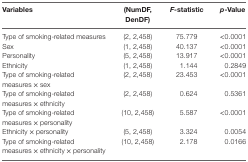
<table><thead><tr><td><b>Variables</b></td><td><b>(NumDF, DenDF)</b></td><td><b><i>F</i>-statistic</b></td><td><b><i>p</i>-Value</b></td></tr></thead><tbody><tr><td>Type of smoking-related measures</td><td>(2, 2,458)</td><td>75.779</td><td>&lt;0.0001</td></tr><tr><td>Sex</td><td>(1, 2,458)</td><td>40.137</td><td>&lt;0.0001</td></tr><tr><td>Personality</td><td>(5, 2,458)</td><td>13.917</td><td>&lt;0.0001</td></tr><tr><td>Ethnicity</td><td>(1, 2,458)</td><td>1.144</td><td>0.2849</td></tr><tr><td>Type of smoking-related measures × sex</td><td>(2, 2,458)</td><td>23.453</td><td>&lt;0.0001</td></tr><tr><td>Type of smoking-related measures × ethnicity</td><td>(2, 2,458)</td><td>0.624</td><td>0.5361</td></tr><tr><td>Type of smoking-related measures × personality</td><td>(10, 2,458)</td><td>5.587</td><td>&lt;0.0001</td></tr><tr><td>Ethnicity × personality</td><td>(5, 2,458)</td><td>3.324</td><td>0.0054</td></tr><tr><td>Type of smoking-related measures × ethnicity × personality</td><td>(10, 2,458)</td><td>2.178</td><td>0.0166</td></tr></tbody></table>